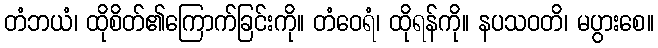
တံဘယံ၊ ထိုစိတ်၏ကြောက်ခြင်းကို။ တံဝေရံ၊ ထိုရန်ကို။ နပသဝတိ၊ မပွားစေ။